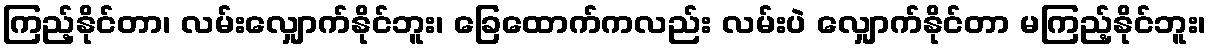
ကြည့်နိုင်တာ၊ လမ်းလျှောက်နိုင်ဘူး၊ ခြေထောက်ကလည်း လမ်းပဲ လျှောက်နိုင်တာ မကြည့်နိုင်ဘူး၊